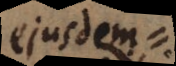
ejusdem